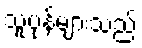
သူပုန်များသည်